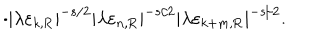
\cdot | \lambda \varepsilon _ { k , \mathrm { R } } | ^ { - s / 2 } | \lambda \varepsilon _ { n , \mathrm { R } } | ^ { - s / 2 } | \lambda \varepsilon _ { k + m , \mathrm { R } } | ^ { - s / 2 } .